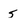
Character: 5